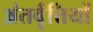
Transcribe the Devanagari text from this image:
अंतर्वृत्तियों